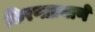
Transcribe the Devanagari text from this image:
किरणाप्रमाणे